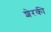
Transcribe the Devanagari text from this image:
शेरकी